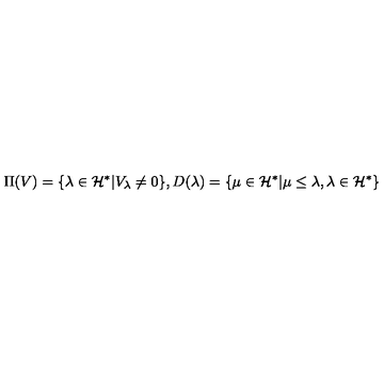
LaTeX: \Pi ( V ) = \{ \lambda \in { \cal H } ^ { * } | V _ { \lambda } \neq 0 \} , D ( \lambda ) = \{ \mu \in { \cal H } ^ { * } | \mu \leq \lambda , \lambda \in { \cal H } ^ { * } \} \nonumber